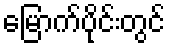
မြောက်ပိုင်းတွင်